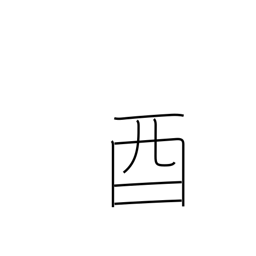
Meaning: 5-7PM